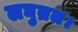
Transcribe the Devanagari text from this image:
लघुव्रत।